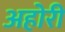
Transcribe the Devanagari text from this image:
अहोरी